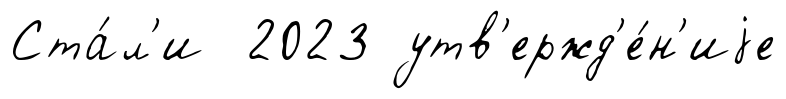
Ста́л'и 2023 утв'ержд'е́н'иjе